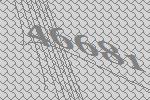
46681